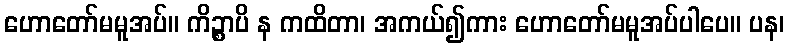
ဟောတော်မမူအပ်။ ကိဉ္စာပိ န ကထိတာ၊ အကယ်၍ကား ဟောတော်မမူအပ်ပါပေ။ ပန၊